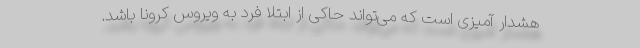
هشدار آمیزی است که می‌تواند حاکی از ابتلا فرد به ویروس کرونا باشد.